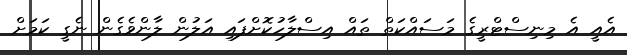
އެއީ އެ މިނިސްޓްރީގެ މަސައްކަތް ތައް އިސްލާހުކޮށްފައި އަލުން ލާންވެގެން ނެގީ ކަމަށް